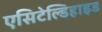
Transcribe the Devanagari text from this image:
एसिटेल्डिहाइड